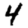
Digit: 4